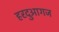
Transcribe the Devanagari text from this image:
हरदुआगज